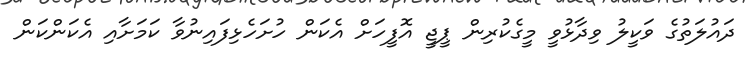
ދައުލަތުގެ ވަކީލު ވިދާޅުވީ މީގެކުރިން ޕީޖީ އޮފީހަށް އެކަން ހުށަހެޅިފައިނުވާ ކަމަށާއި އެކަންކަން